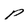
Character: p